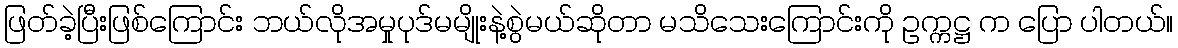
ဖြတ်ခဲ့ပြီးဖြစ်ကြောင်း ဘယ်လိုအမှုပုဒ်မမျိုးနဲ့စွဲမယ်ဆိုတာ မသိသေးကြောင်းကို ဥက္ကဋ္ဌ က ပြော ပါတယ်။